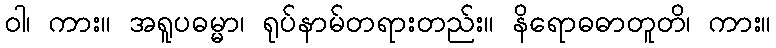
ဝါ၊ ကား။ အရူပဓမ္မာ၊ ရုပ်နာမ်တရားတည်း။ နိရောဓဓာတူတိ၊ ကား။